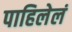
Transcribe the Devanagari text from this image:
पाहिलेलं